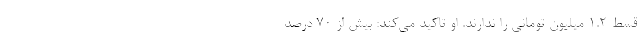
قسط ۱.۲ میلیون تومانی را ندارند. او تاکید می‌کند: بیش از ۷۰ درصد